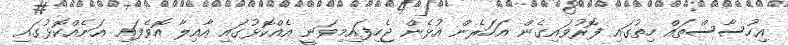
އިހުސާސްތައް ހިތުގައި ފޮރުވައިގެން އަހަރެން އުޅެން ޖެހިފައިމިވަނީ އެއްކޮޅުގައި އާއިލާ އޮވެފައި އަނެއްކޮޅުގައި